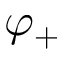
\varphi _ { + }